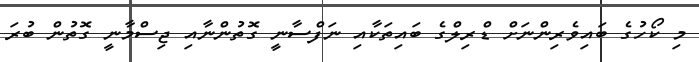
މި ކޯހުގެ ބައިވެރިންނަށް ޑްރިލްގެ ބައިތަކާއި ނަފްސާނީ ގޮތުންނާއި ޖިސްމާނީ ގޮތުން ބުރަ